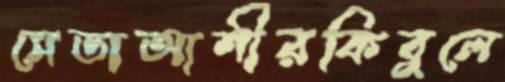
সেডাআশীরকিবুলে